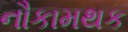
નૌકામથક